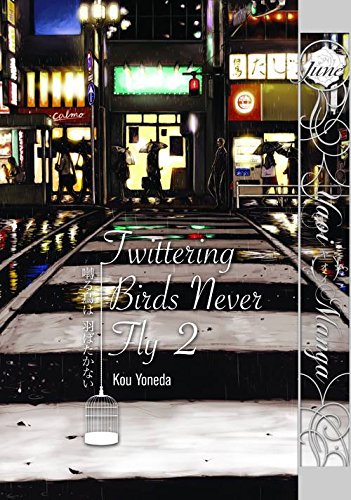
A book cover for Twittering Birds Never Fly Volume 2 (Yaoi Manga) (Twittering Birds Never Fly Gn); Kou Yoneda; Comics & Graphic Novels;